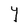
Character: Y